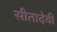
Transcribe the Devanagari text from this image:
सीतादेवी